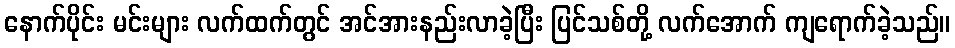
နောက်ပိုင်း မင်းများ လက်ထက်တွင် အင်အားနည်းလာခဲ့ပြီး ပြင်သစ်တို့ လက်အောက် ကျရောက်ခဲ့သည်။